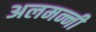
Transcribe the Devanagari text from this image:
अलमन्नी